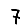
Digit: 7